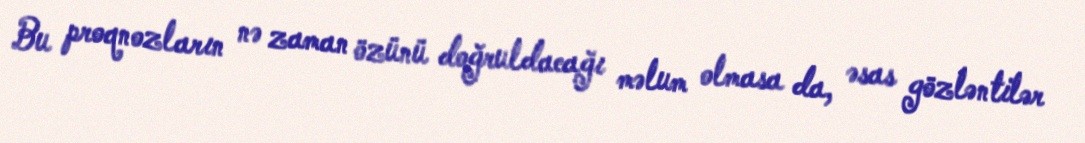
Bu proqnozların nə zaman özünü doğruldacağı məlum olmasa da, əsas gözləntilər